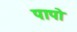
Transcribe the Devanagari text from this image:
पापो